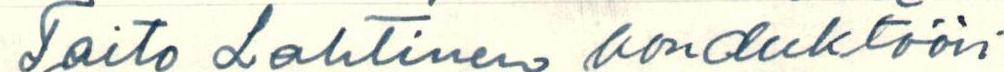
Taito Lahtinen konduktööri